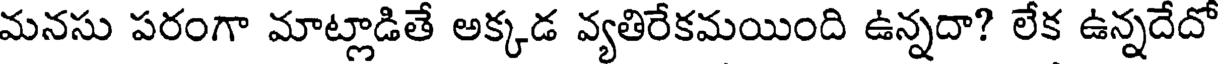
మనసు పరంగా మాట్లాడితే అక్కడ వ్యతిరేకమయింది ఉన్నదా? లేక ఉన్నదేదో